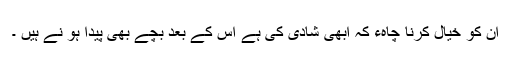
ان کو خیال کرنا چاہء کہ ابھی شادی کی ہے اس کے بعد بچے بھی پیدا ہو نے ہیں ۔